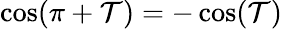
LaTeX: \cos(\pi+\mathcal{T})=-\cos(\mathcal{T})